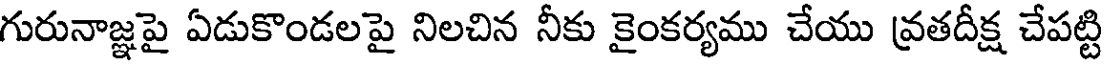
గురునాజ్ఞపై ఏడుకొండలపై నిలచిన నీకు కైంకర్యము చేయు వ్రతదీక్ష చేపట్టి